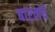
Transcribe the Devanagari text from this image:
बारमधे